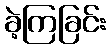
ခဲ့ကြခြင်း